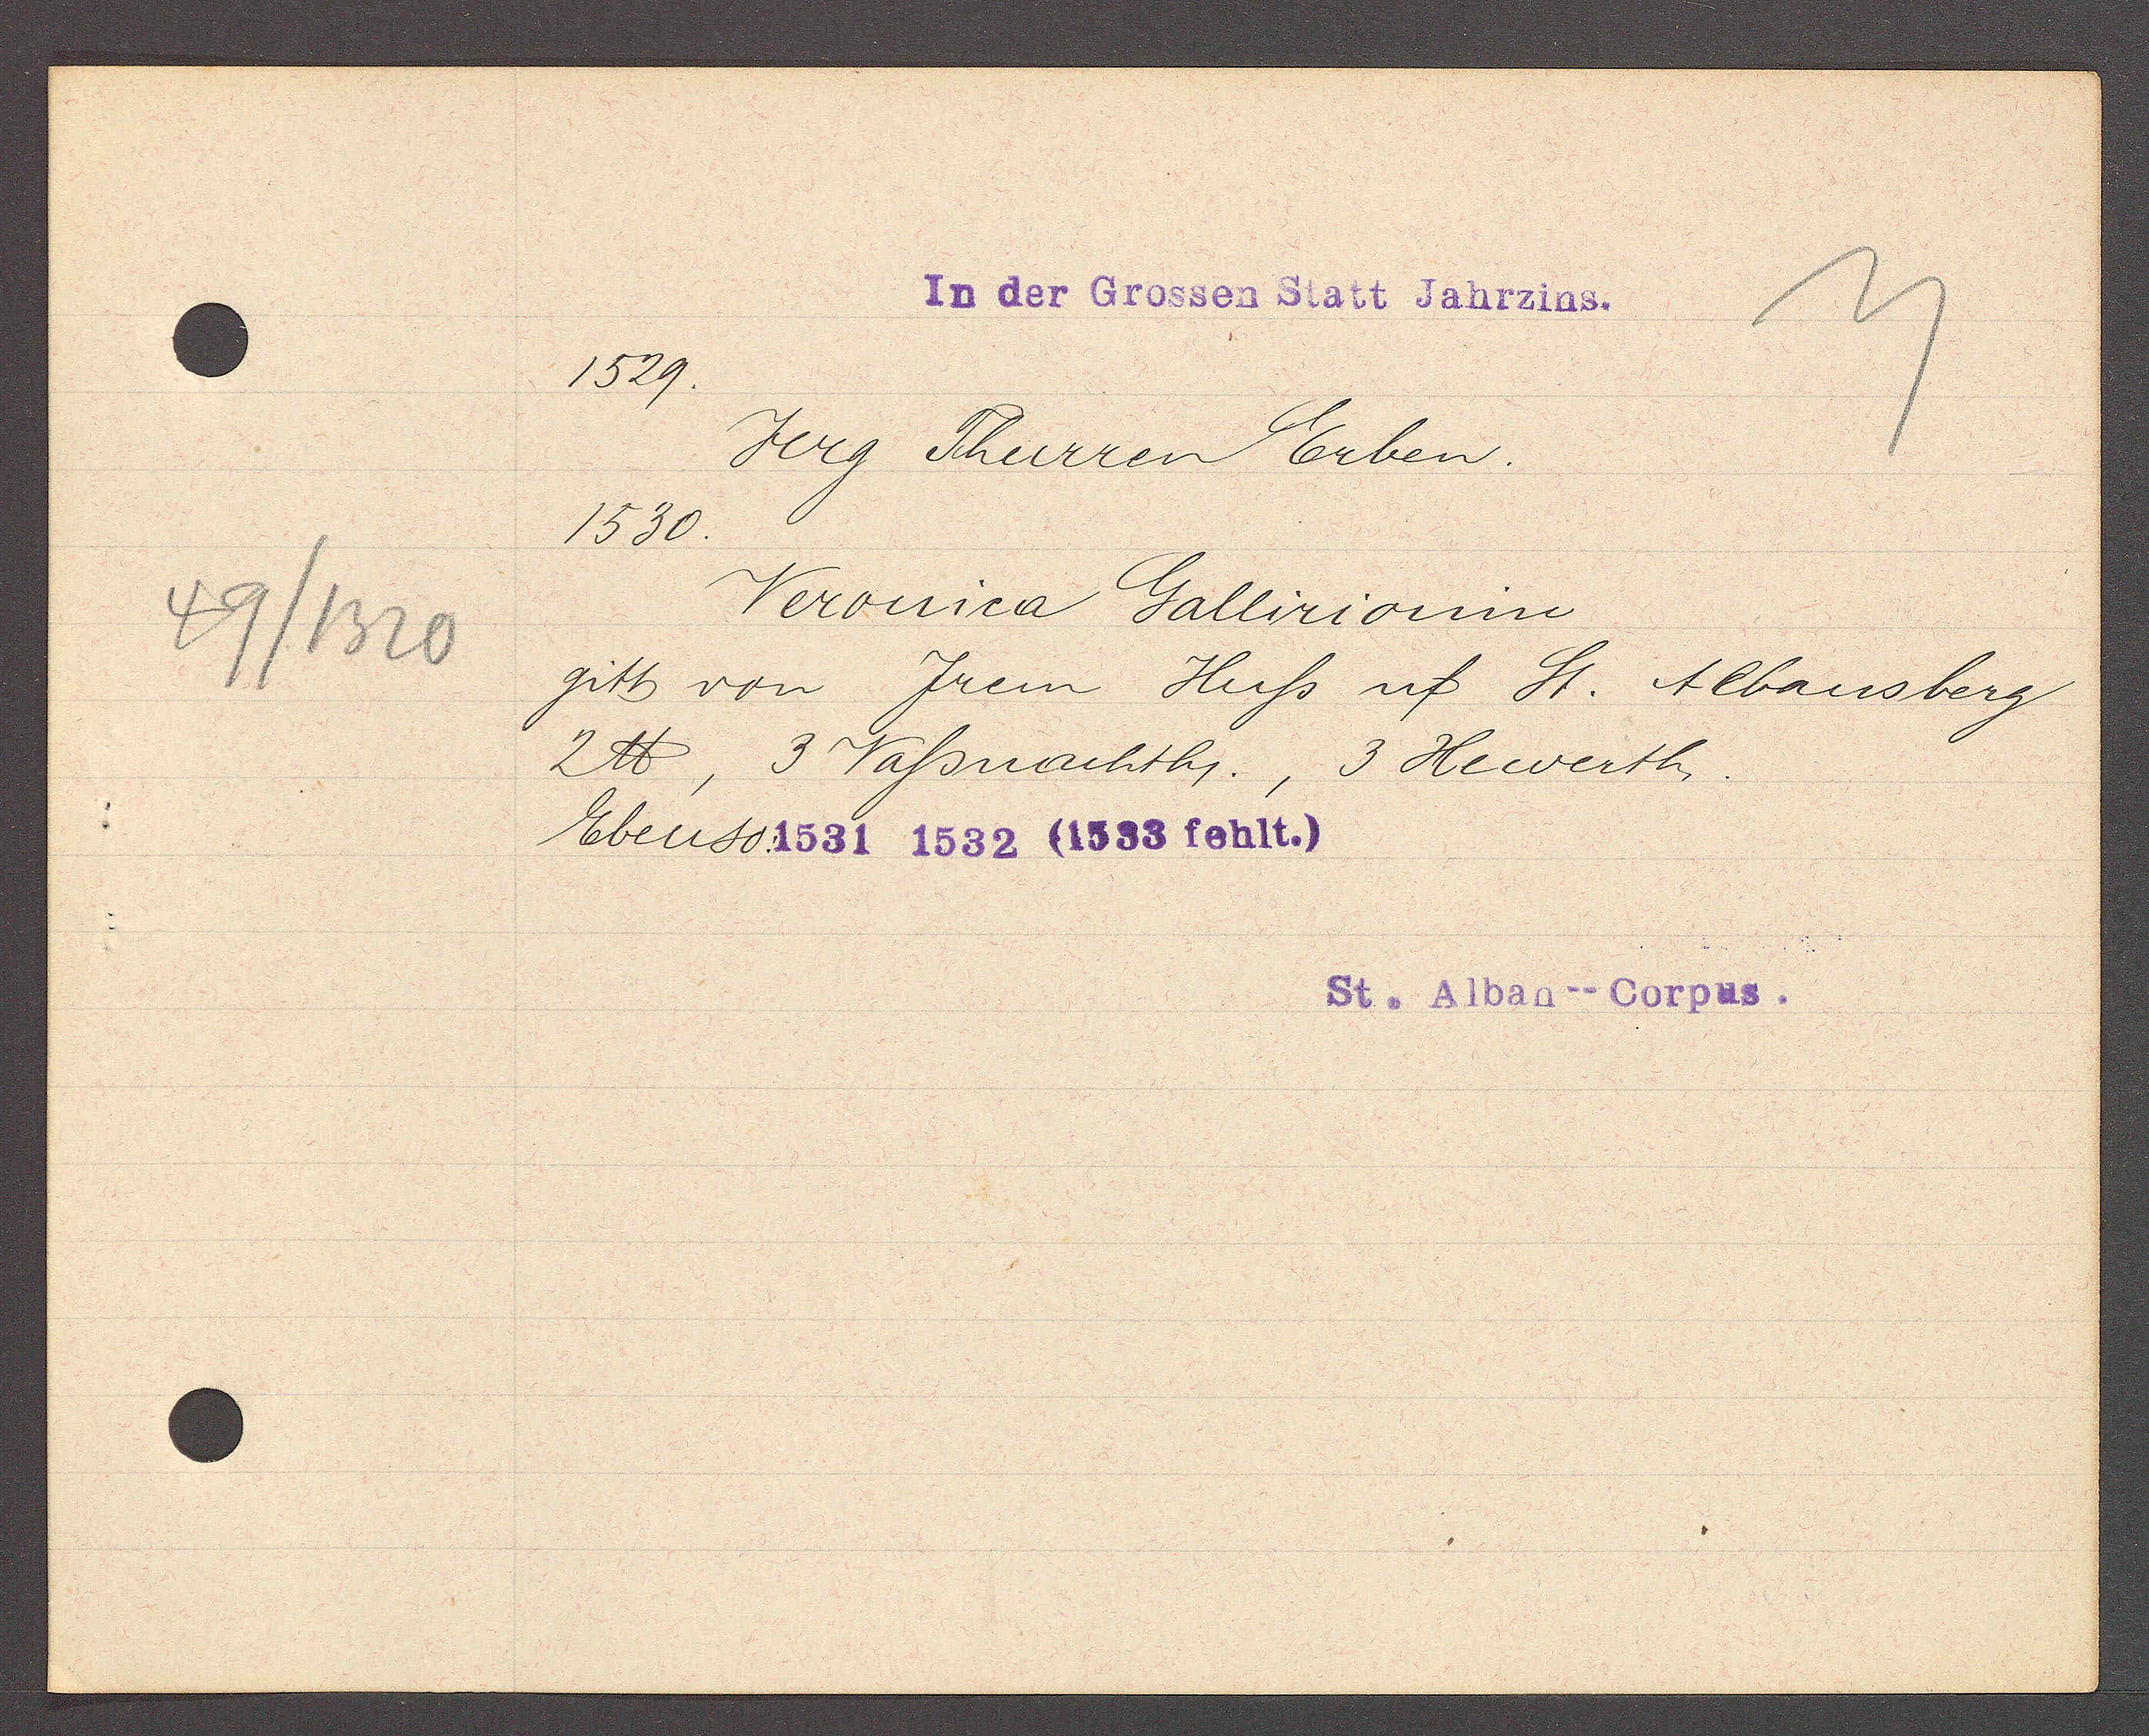
Transcript:
49/1320

In der Grossen Statt Jahrzins.

1529.
Jerg Thurren Erben.
1530.
Veronica Gallirionin
gitt von Irem Huss uf St. Albansberg
2 ℔, 3 Vassnachth., 3 Hewerth.
Ebenso: 1531 1532 (1533 fehlt.)

St. Alban--Corpus.